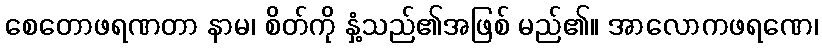
စေတောဖရဏတာ နာမ၊ စိတ်ကို နှံ့သည်၏အဖြစ် မည်၏။ အာလောကဖရဏေ၊